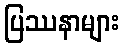
ပြဿနာများ